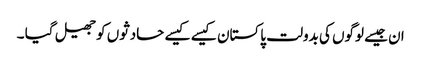
ان جیسے لوگوں کی بدولت پاکستان کیسے کیسے حادثوں کو جھیل گیا ۔